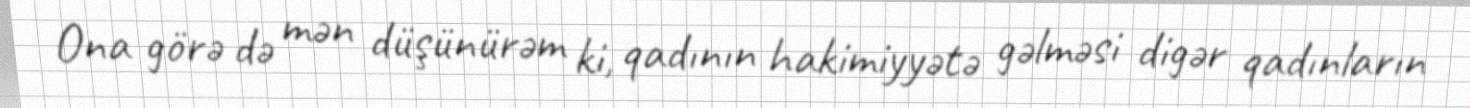
Ona görə də mən düşünürəm ki, qadının hakimiyyətə gəlməsi digər qadınların